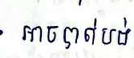
អាចបាត់បង់